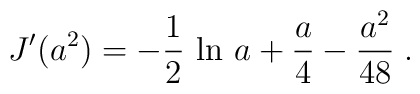
J'(a^2)=-{1\over 2}\, \ln \,a+{a\over 4} - {{a^2}\over {48}} \; .